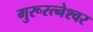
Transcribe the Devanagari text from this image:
गुरूरत्नेश्वर